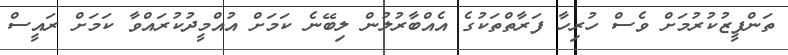
ތަންފީޒުކުރުމަށް ވެސް ހުރިހާ ފަރާތްތަކުގެ އެއްބާރުލުން ލިބޭނެ ކަމަށް އުއްމީދުކުރައްވާ ކަމަށް ރައީސް